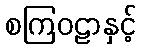
စကြဝဠာနှင့်